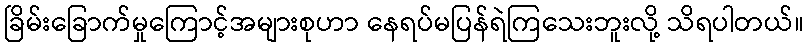
ခြိမ်းခြောက်မှုကြောင့်အများစုဟာ နေရပ်မပြန်ရဲကြသေးဘူးလို့ သိရပါတယ်။